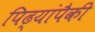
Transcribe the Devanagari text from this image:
पिढ्यांपैकी